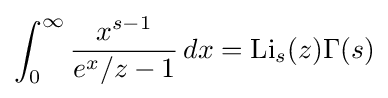
\int _{0}^{\infty }{\frac {x^{s-1}}{e^{x}/z-1}}\,dx=\operatorname {Li} _{s}(z)\Gamma (s)